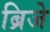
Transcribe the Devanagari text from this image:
ब्रिजे